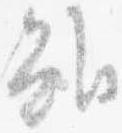
雖